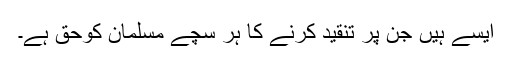
ایسے ہیں جن پر تنقید کرنے کا ہر سچے مسلمان کوحق ہے۔